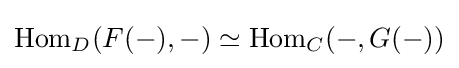
\operatorname {Hom} _{D}(F(-),-)\simeq \operatorname {Hom} _{C}(-,G(-))